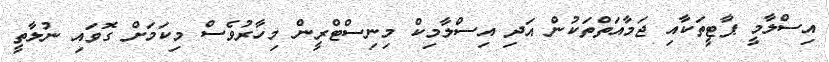
އިސްލާމީ ޕާޓީތަކާއި ޖަމާއަތްތަކުން އަދި އިސްލާމިކް މިނިސްޓްރީން މިހާރުވެސް މިކަމަށް ގޮވައި ނުލާތީ